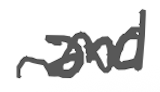
Text: and
Cross-out: wave
Writing tool: digital_gray